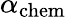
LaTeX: \alpha_{\mathrm{chem}}